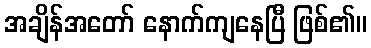
အချိန်အတော် နောက်ကျနေပြီ ဖြစ်၏။